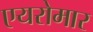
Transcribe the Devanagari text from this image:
एयरोमार